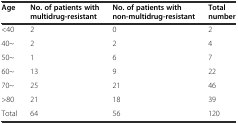
<table><thead><tr><td><b>Age</b></td><td><b>No. of patients with multidrug-resistant</b></td><td><b>No. of patients with non-multidrug-resistant</b></td><td><b>Total number</b></td></tr></thead><tbody><tr><td>&lt;40</td><td>2</td><td>0</td><td>2</td></tr><tr><td>40~</td><td>2</td><td>2</td><td>4</td></tr><tr><td>50~</td><td>1</td><td>6</td><td>7</td></tr><tr><td>60~</td><td>13</td><td>9</td><td>22</td></tr><tr><td>70~</td><td>25</td><td>21</td><td>46</td></tr><tr><td>&gt;80</td><td>21</td><td>18</td><td>39</td></tr><tr><td>Total</td><td>64</td><td>56</td><td>120</td></tr></tbody></table>